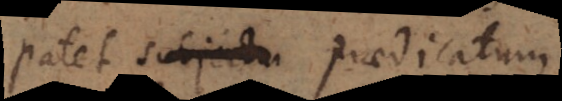
Patet subjectum praedicatum